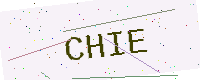
Text: CHIE